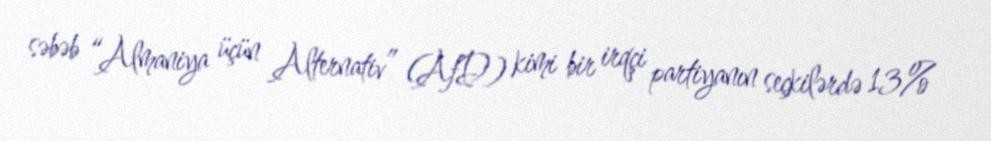
səbəb “Almaniya üçün Alternativ” (AfD) kimi bir irqçi partiyanın seçkilərdə 13%